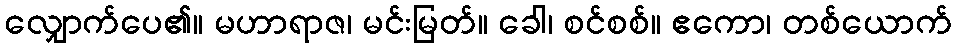
လျှောက်ပေ၏။ မဟာရာဇ၊ မင်းမြတ်။ ခေါ၊ စင်စစ်။ ဧကော၊ တစ်ယောက်